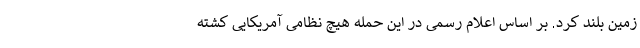
زمین بلند کرد. بر اساس اعلام رسمی در این حمله هیچ نظامی آمریکایی کشته